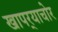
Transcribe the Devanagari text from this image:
खापर्‍याचोर